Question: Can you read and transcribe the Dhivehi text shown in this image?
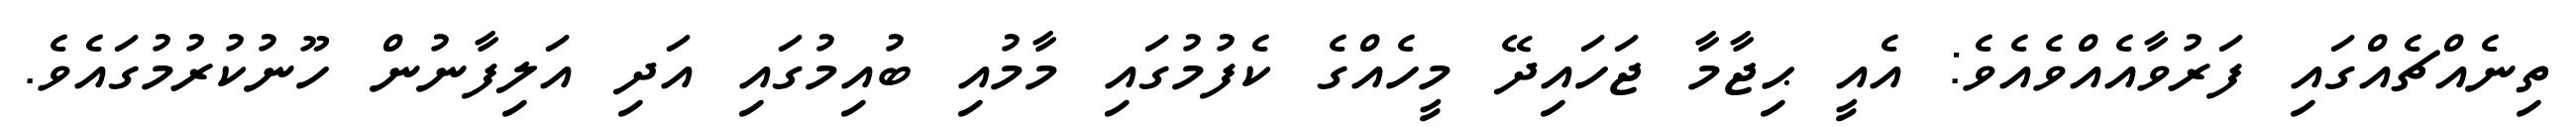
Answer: ތިނެއްޗެއްގައި ފަރުވާއެއްވެއެވެ: އެއީ ޙިޖާމާ ޖަހައިދޭ މީހެއްގެ ކެފުމުގައި މާމުއި ބުއިމުގައި އަދި އަލިފާނުން ހޫނުކުރުމުގައެވެ.